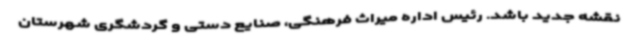
نقشه جدید باشد. رئیس اداره میراث فرهنگی، صنایع دستی و گردشگری شهرستان